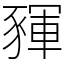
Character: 䝍